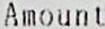
AMOUNT